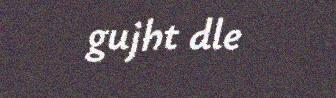
gujht dle